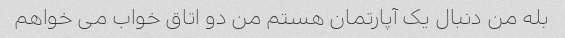
بله من دنبال یک آپارتمان هستم من دو اتاق خواب می خواهم